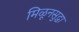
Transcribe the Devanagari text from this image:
मिळूनसुद्धा